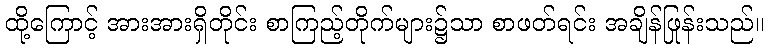
ထို့ကြောင့် အားအားရှိတိုင်း စာကြည့်တိုက်များ၌သာ စာဖတ်ရင်း အချိန်ဖြုန်းသည်။